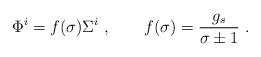
\begin{align*}\Phi^i=f(\sigma)\Sigma^i\ ,\qquad f(\sigma)={g_s\over \sigma\pm1}\ .\end{align*}